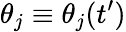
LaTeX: \theta_{j}\equiv\theta_{j}(t^{\prime})